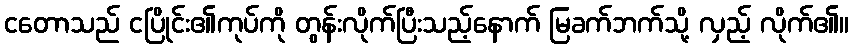
ငတောသည် ငပြိုင်း၏ကုပ်ကို တွန်းလိုက်ပြီးသည့်နောက် မြခက်ဘက်သို့ လှည့် လိုက်၏။